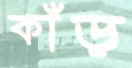
কাঁড়